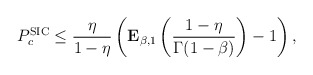
\begin{align*}P_{c}^\textnormal{SIC}\leq \frac{\eta}{1-\eta} \left(\mathbf{E}_{\beta,1}\left(\frac{1-\eta}{\Gamma(1-\beta)}\right) -1 \right),\end{align*}